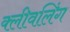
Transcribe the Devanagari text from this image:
क्लीवलिंग